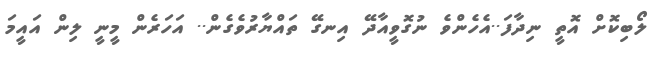
ލޯބިކޮށް އޮތީ ނިދާފަ..އެހެންވެ ނުގޮވީއާދޭ އިނގޭ ތައްޔާރުވެގެން.. އަހަރެން މީނީ ލިން އައީމަ